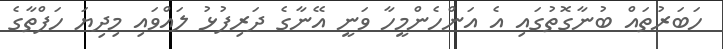
ހަބަރުތައް ބުނާގޮތުގައި އެ އަންހެންމީހާ ވަނީ އޭނާގެ ދަރިފުޅު ލައްވައި މިދިޔަ ހަފްތާގެ